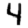
Digit: 4